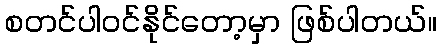
စတင်ပါဝင်နိုင်တော့မှာ ဖြစ်ပါတယ်။